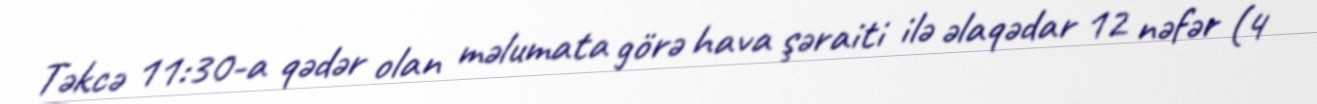
Təkcə 11:30-a qədər olan məlumata görə hava şəraiti ilə əlaqədar 12 nəfər (4